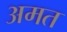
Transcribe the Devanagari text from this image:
अमत